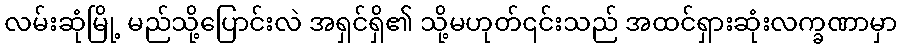
လမ်းဆုံမြို့ မည်သို့ပြောင်းလဲ အရှင်ရှိ၏ သို့မဟုတ်၎င်းသည် အထင်ရှားဆုံးလက္ခဏာမှာ